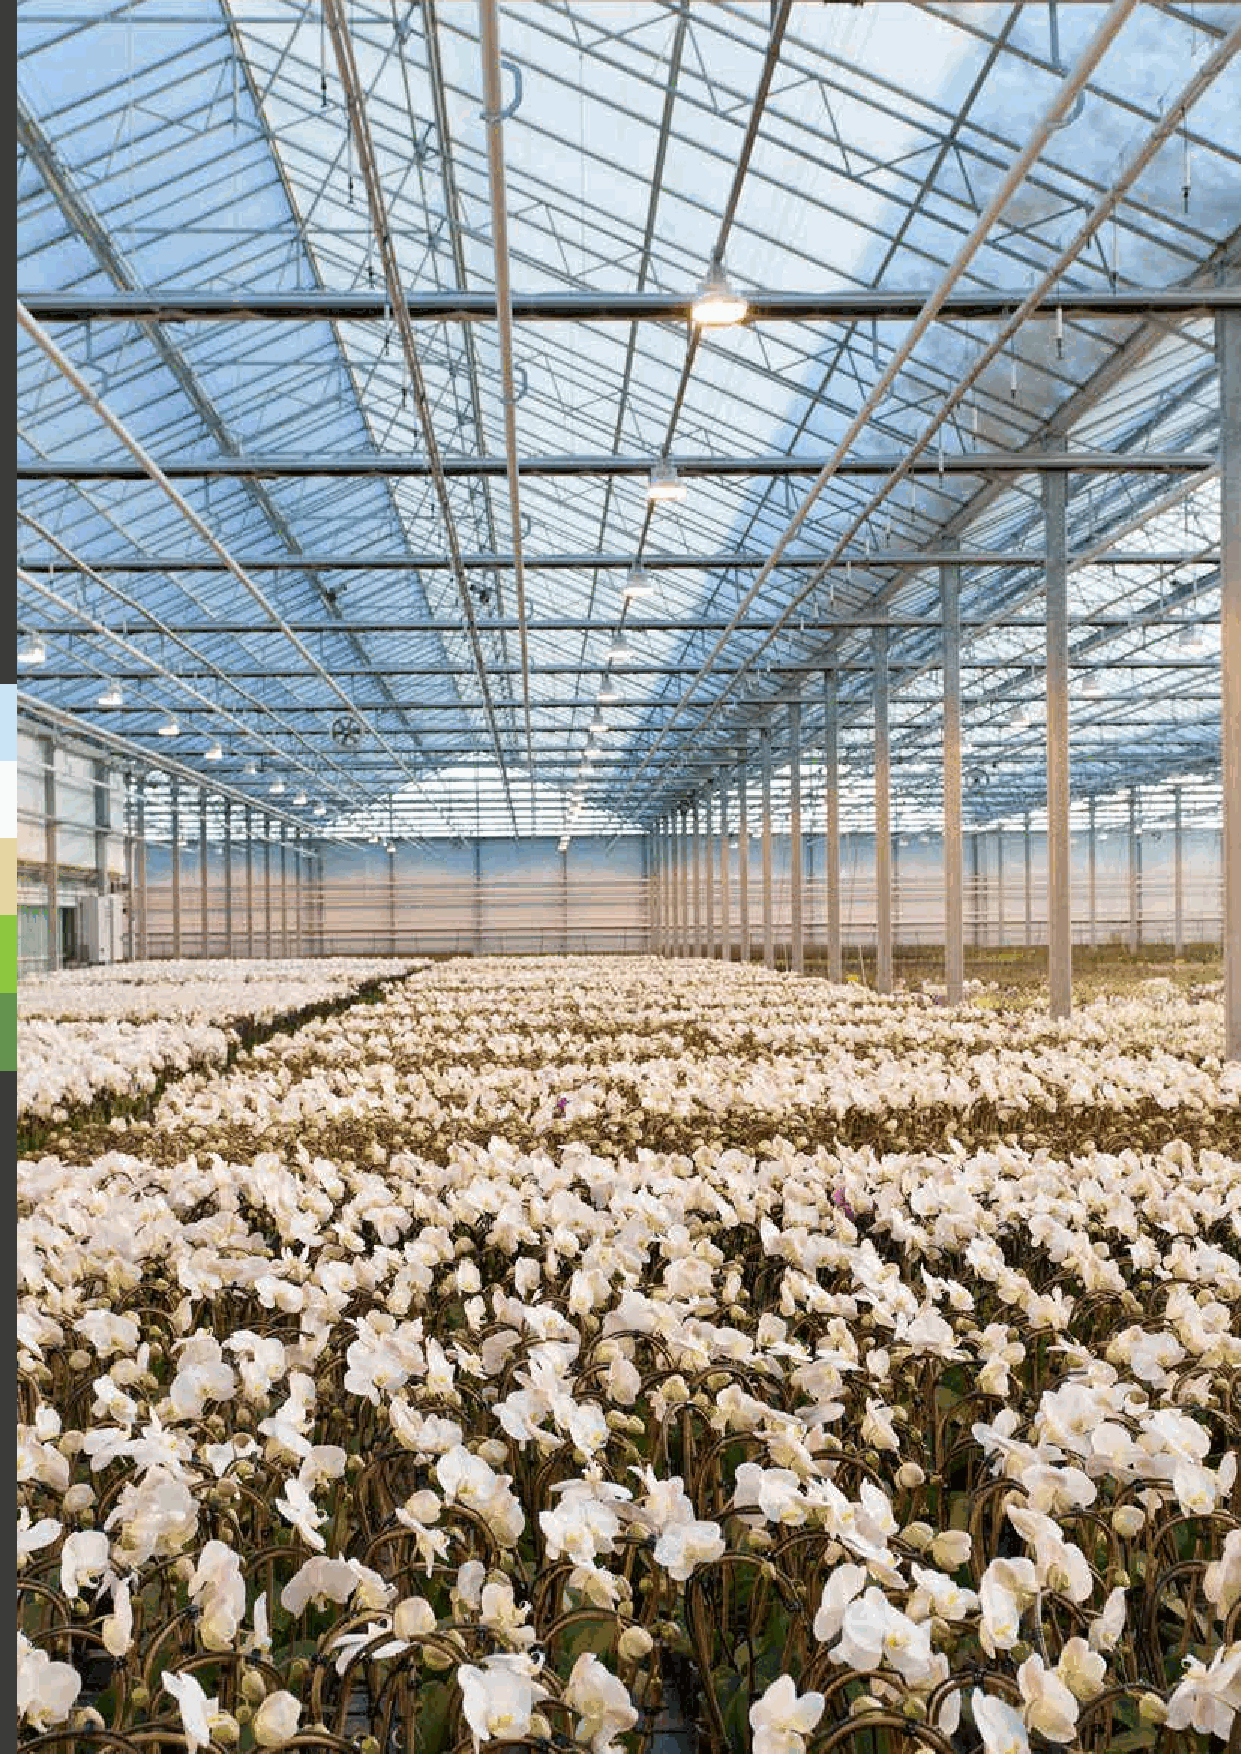
Hortus Supplies International                                  Catalog 4